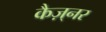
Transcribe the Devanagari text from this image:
कैज़्नर